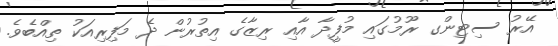
އޭރު ސިޓިންގ ރޫމުގައި މުފީދާ އާއި ރިޒާގެ އިތުރުން ދެ މަފިރިއަކު ތިއްބެވެ.